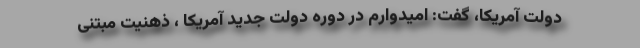
دولت آمریکا، گفت: امیدوارم در دوره دولت جدید آمریکا ، ذهنیت مبتنی